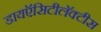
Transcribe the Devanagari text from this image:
डायऍसिटीलॅक्‍टीस